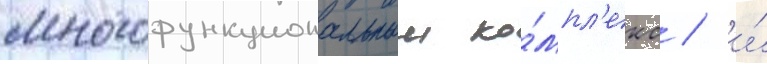
многофункциональныи ко́мпл'екс / и́